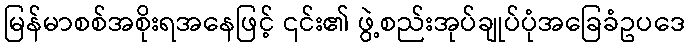
မြန်မာစစ်အစိုးရအနေဖြင့် ၎င်း၏ ဖွဲ့စည်းအုပ်ချုပ်ပုံအခြေခံဥပဒေ